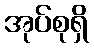
အုပ်စုရှိ